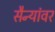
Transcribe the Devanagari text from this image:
सैन्यांवर